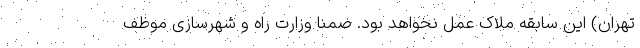
تهران) این سابقه ملاک عمل نخواهد بود. ضمناً وزارت راه و شهرسازی موظف